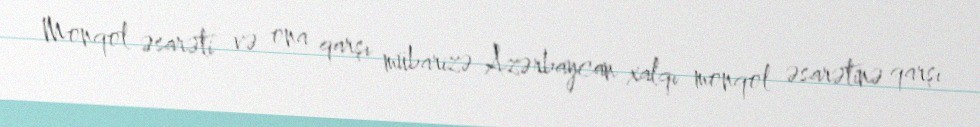
Monqol əsarəti və ona qarşı mübarizə Azərbaycan xalqı monqol əsarətinə qarşı